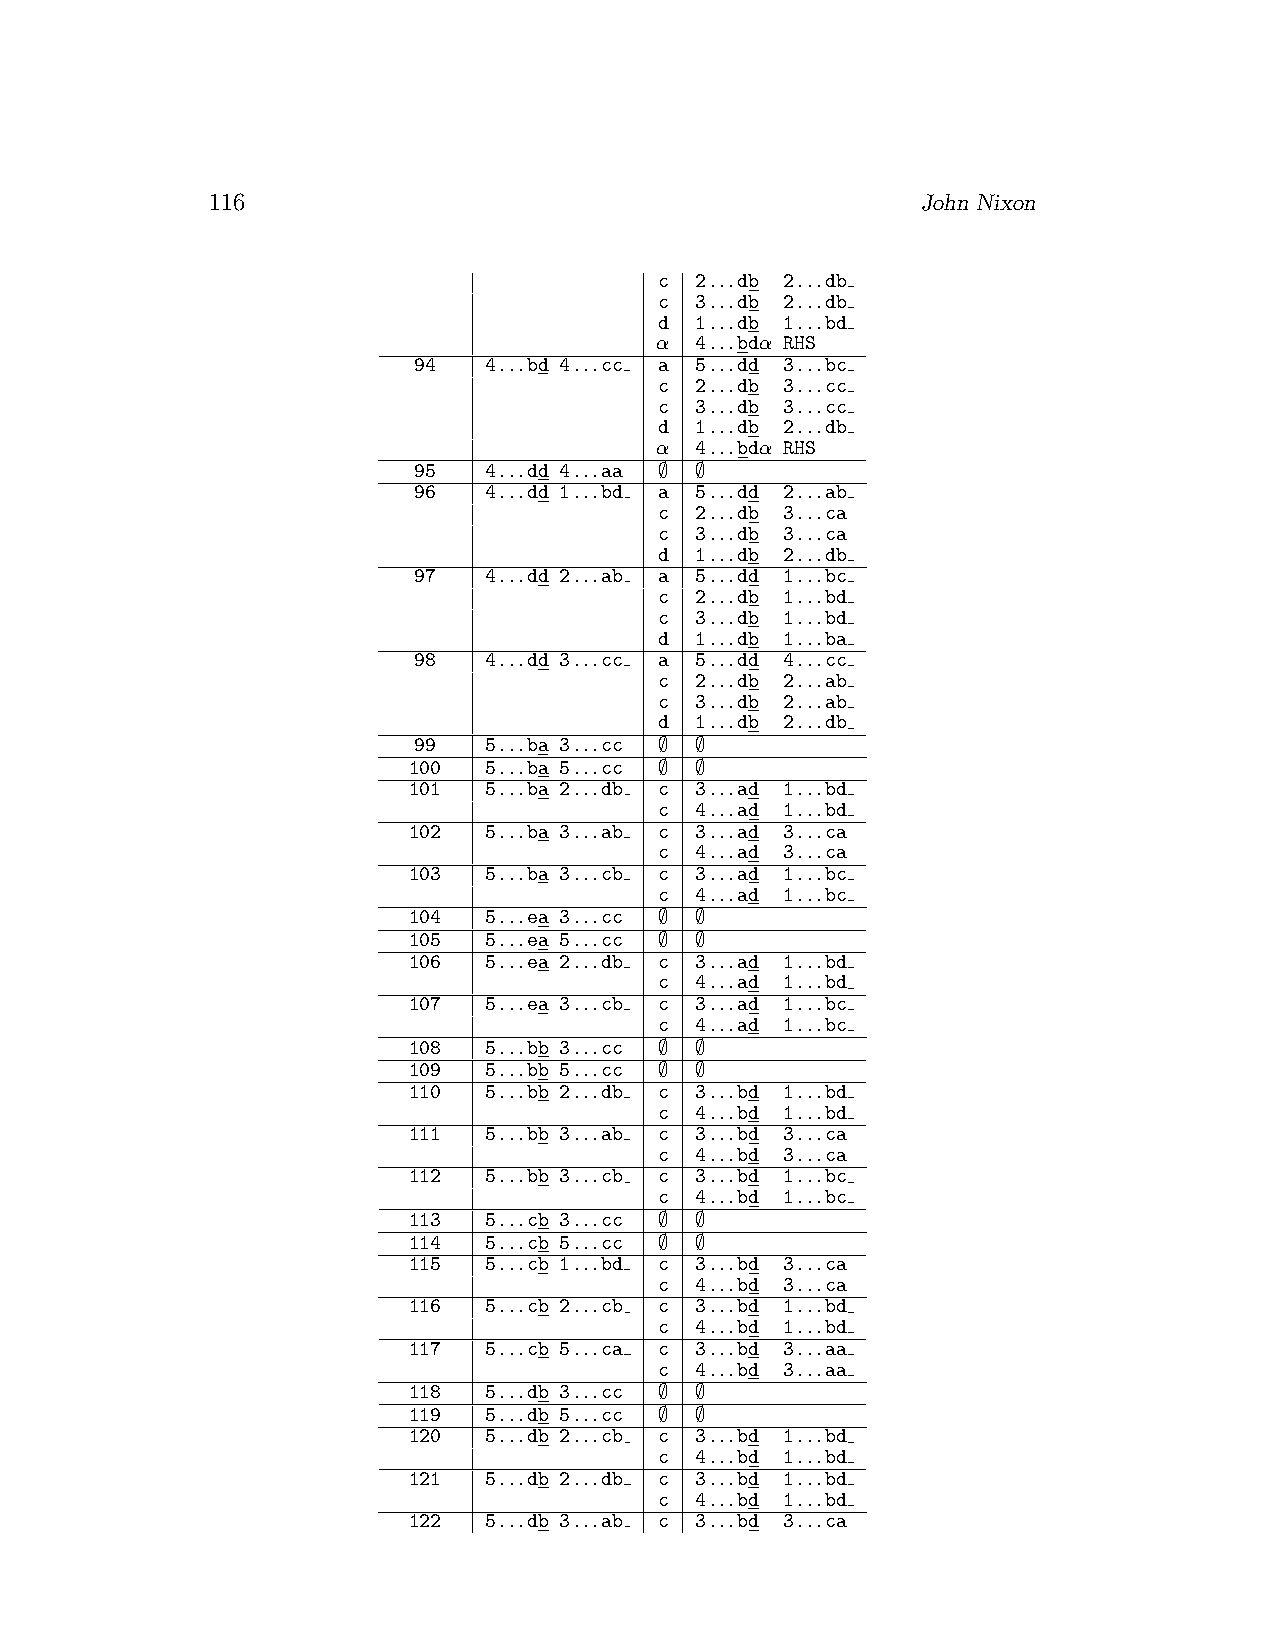
116                                            John Nixon
 c 2...db 2...db
 c 3...db 2...db
 d 1...db 1...bd
 α  4...bdα RHS
 94   4...bd 4...cc a 5...dd 3...bc
 c 2...db 3...cc
 c 3...db 3...cc
 d 1...db 2...db
 α  4...bdα RHS
 95   4...dd 4...aa ∅ ∅
 96   4...dd 1...bd a 5...dd 2...ab
 c 2...db 3...ca
 c 3...db 3...ca
 d 1...db 2...db
 97   4...dd 2...ab a 5...dd 1...bc
 c 2...db 1...bd
 c 3...db 1...bd
 d 1...db 1...ba
 98   4...dd 3...cc a 5...dd 4...cc
 c 2...db 2...ab
 c 3...db 2...ab
 d 1...db 2...db
 99   5...ba 3...cc ∅ ∅
 100  5...ba 5...cc ∅ ∅
 101  5...ba 2...db c 3...ad 1...bd
 c 4...ad 1...bd
 102  5...ba 3...ab c 3...ad 3...ca
 c 4...ad 3...ca
 103  5...ba 3...cb c 3...ad 1...bc
 c 4...ad 1...bc
 104  5...ea 3...cc ∅ ∅
 105  5...ea 5...cc ∅ ∅
 106  5...ea 2...db c 3...ad 1...bd
 c 4...ad 1...bd
 107  5...ea 3...cb c 3...ad 1...bc
 c 4...ad 1...bc
 108  5...bb 3...cc ∅ ∅
 109  5...bb 5...cc ∅ ∅
 110  5...bb 2...db c 3...bd 1...bd
 c 4...bd 1...bd
 111  5...bb 3...ab c 3...bd 3...ca
 c 4...bd 3...ca
 112  5...bb 3...cb c 3...bd 1...bc
 c 4...bd 1...bc
 113  5...cb 3...cc ∅ ∅
 114  5...cb 5...cc ∅ ∅
 115  5...cb 1...bd c 3...bd 3...ca
 c 4...bd 3...ca
 116  5...cb 2...cb c 3...bd 1...bd
 c 4...bd 1...bd
 117  5...cb 5...ca c 3...bd 3...aa
 c 4...bd 3...aa
 118  5...db 3...cc ∅ ∅
 119  5...db 5...cc ∅ ∅
 120  5...db 2...cb c 3...bd 1...bd
 c 4...bd 1...bd
 121  5...db 2...db c 3...bd 1...bd
 c 4...bd 1...bd
 122  5...db 3...ab c 3...bd 3...ca